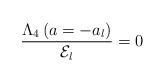
LaTeX: \begin{align*}\frac{\Lambda_{\rm 4}\left(a=-a_l\right)}{{\cal E}_l}=0\end{align*}